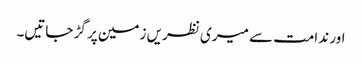
اور ندامت سے میری نظریں زمین پر گڑ جاتیں۔